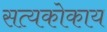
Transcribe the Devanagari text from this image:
सत्यकोकाय